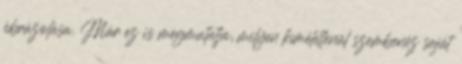
ábrázolása. Már ez is megmutatja, milyen kíméletlenül szembenéz saját